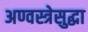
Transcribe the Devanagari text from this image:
अण्वस्त्रेसुद्धा